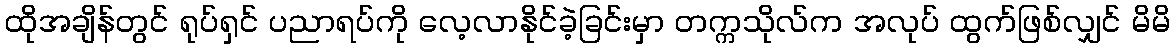
ထိုအချိန်တွင် ရုပ်ရှင် ပညာရပ်ကို လေ့လာနိုင်ခဲ့ခြင်းမှာ တက္ကသိုလ်က အလုပ် ထွက်ဖြစ်လျှင် မိမိ